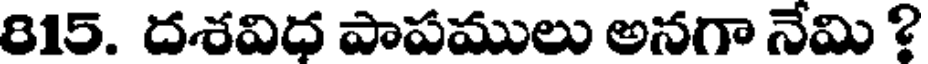
815. దశవిధ పాపములు అనగా నేమి ?